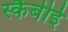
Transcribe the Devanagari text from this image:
स्कैबीई